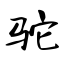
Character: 驼